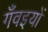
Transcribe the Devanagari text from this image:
गँवइयों